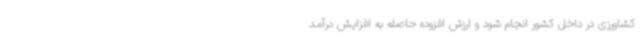
کشاورزی در داخل کشور انجام شود و ارزش افزوده حاصله به افزایش درآمد